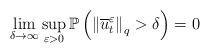
LaTeX: \begin{align*} \lim_{\delta \rightarrow \infty} \sup_{\varepsilon > 0} \mathbb{P} \left( {\Vert \overline{u}_t^{\varepsilon} \Vert}_{q} > \delta \right) = 0\end{align*}